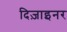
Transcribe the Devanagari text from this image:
दिज़ाइनर